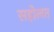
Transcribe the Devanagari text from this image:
सहोलत